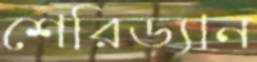
শেরিড্যান